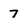
Character: 7